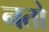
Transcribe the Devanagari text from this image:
नतो